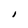
Character: I